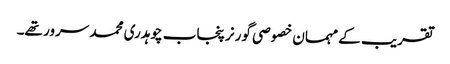
تقریب کے مہمان خصوصی گورنر پنجاب چوہدری محمد سرور تھے۔